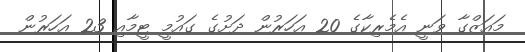
މައަޒްގާ ވަނީ އެމެރިކާގެ 20 އަހަރުން ދަށުގެ ގައުމީ ޓީމާއި 23 އަހަރުން